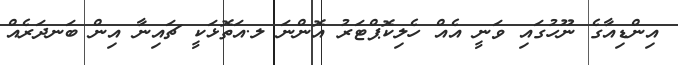
އިންޑިއާގެ ނޫހުގައި ވަނީ އެއް ހެލިކޮޕްޓަރު އޮންނަ ލ.އަތޮޅަކީ ޗައިނާ އިން ބަނދަރެއް